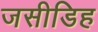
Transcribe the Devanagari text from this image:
जसीडिह